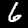
Label: 6